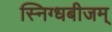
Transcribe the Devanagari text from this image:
स्निग्धबीजम्